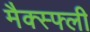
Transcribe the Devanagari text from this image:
मैक्स्फ्ली